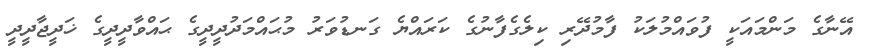
އޭނާގެ މަންމައަކީ ފުވައްމުލަކު ފާމުދޭރި ކިލެގެފާނުގެ ކަރައްޔެ ގަނޑުވަރު މުޙައްމަދުދީދީގެ ޙައްވާދީދީގެ ޚަދީޖާދީދީ